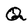
Character: Q